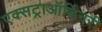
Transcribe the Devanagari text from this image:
एक्सट्राऑर्डिनरी